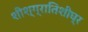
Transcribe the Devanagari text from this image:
शीश्ग्रातिशीघ्र